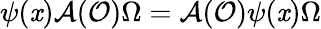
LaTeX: \psi(\mathit{x})\mathcal{{A}}(\mathcal{{O}})\Omega=\mathcal{{A}}(\mathcal{{O}})\psi(\mathit{x})\Omega